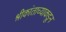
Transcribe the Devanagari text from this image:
श्रीकांताच्याकडून